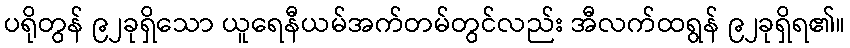
ပရိုတွန် ၉၂ခုရှိသော ယူရေနီယမ်အက်တမ်တွင်လည်း အီလက်ထရွန် ၉၂ခုရှိရ၏။